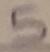
Text: 5